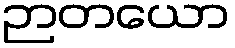
ဉာတယော